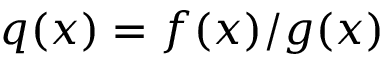
q ( x ) = f ( x ) / g ( x )